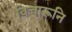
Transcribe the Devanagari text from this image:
विचारूनि